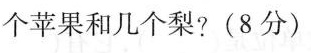
个苹果和几个梨?(8分)